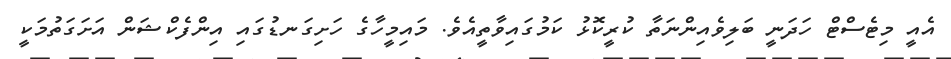
އެއީ މިޓެސްޓް ހަދަނީ ބަލިވެއިންނަތާ ކުރީކޮޅު ކަމުގައިވާތީއެވެ. މައިމީހާގެ ހަށިގަނޑުގައި އިންފެކްޝަން އަށަގަތުމަކީ